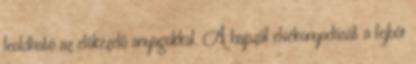
leoldható az előkezelő anyagokkal. A hajszál elvékonyodását a fejbőr